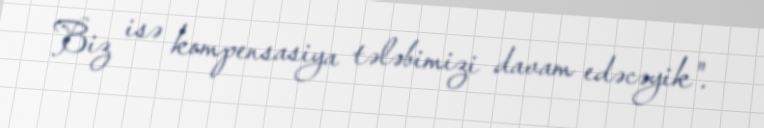
Biz isə kompensasiya tələbimizi davam edəcəyik".